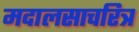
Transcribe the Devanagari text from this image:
मदालसाचरित्र